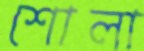
শোলা